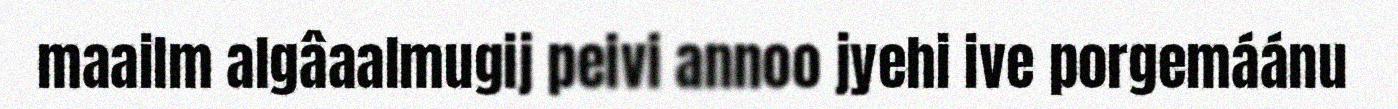
maailm algâaalmugij peivi annoo jyehi ive porgemáánu